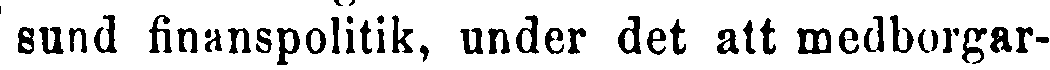
sund finanspolitik, under det att medborgar-